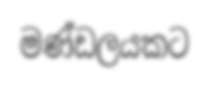
මණ්ඩලයකට